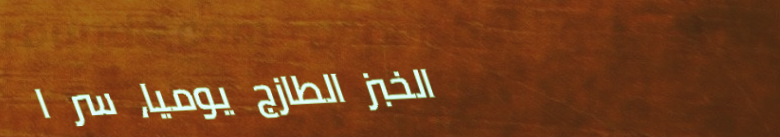
الخبز الطازج يومياً، سر ا